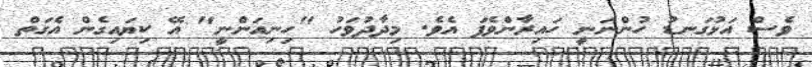
ވެސް އަޅުގަނޑު ހުންނަނީ ހައިރާންވެފަ އެވެ. މިދާދުވަހު "ހިނިއަންނީ" އޭ ކިޔައިގެން އެގަތް